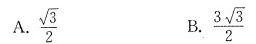
A.\frac{\sqrt {3}}{2} B.\frac{3 \sqrt{3}}{2}